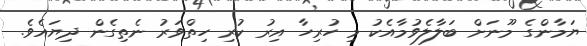
ޔަމާންގެ މޫނަށް ބަލާލެވުމާއެކު މި ހުރިހާ އިރު ކުރި ހިތްވަރު ނެތިގެން ދިޔައެވެ.